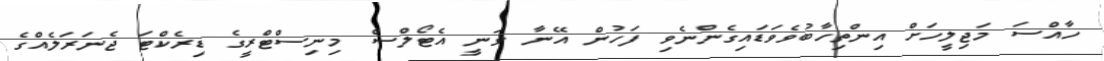
ހާއްސަ މަޖިލީހަށް އިންތިހާބުވެވަޑައިގެންނެވި ފަހުން އޭނާ ވަނީ އެޓޯލްސް މިނިސްޓްރީގެ ޑިރެކްޓަ ޖެނަރަލެއްގެ